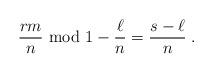
LaTeX: \begin{align*}\frac{r m}{n} {\rm ~mod~} 1 - \frac{\ell}{n} = \frac{s-\ell}{n} \;.\end{align*}